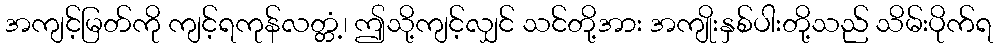
အကျင့်မြတ်ကို ကျင့်ရကုန်လတ္တံ့၊ ဤသို့ကျင့်လျှင် သင်တို့အား အကျိုးနှစ်ပါးတို့သည် သိမ်းပိုက်ရ